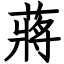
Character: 蔣